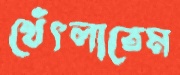
থেঁৎলাতেম